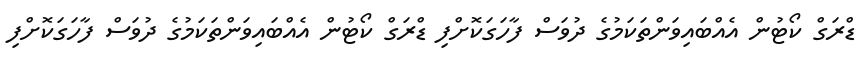
ޑްރަގް ކޯޓުން އެއްބައިވަންތަކަމުގެ ދުވަސް ފާހަގަކޮށްފި ޑްރަގް ކޯޓުން އެއްބައިވަންތަކަމުގެ ދުވަސް ފާހަގަކޮށްފި